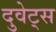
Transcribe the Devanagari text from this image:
दुवेट्स